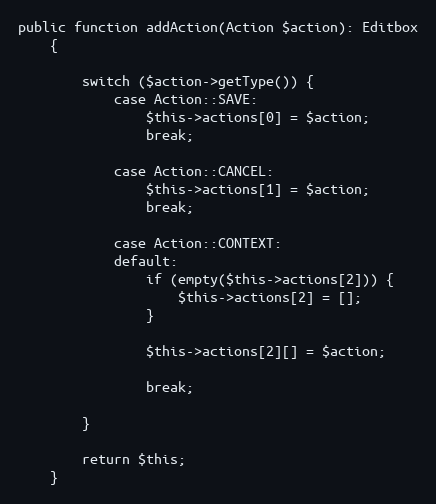
Language: PHP
public function addAction(Action $action): Editbox
    {

        switch ($action->getType()) {
            case Action::SAVE:
                $this->actions[0] = $action;
                break;

            case Action::CANCEL:
                $this->actions[1] = $action;
                break;

            case Action::CONTEXT:
            default:
                if (empty($this->actions[2])) {
                    $this->actions[2] = [];
                }

                $this->actions[2][] = $action;

                break;

        }

        return $this;
    }